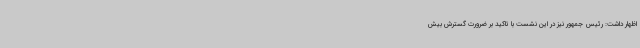
اظهار داشت: رئیس جمهور نیز در این نشست با تاکید بر ضرورت گسترش بیش